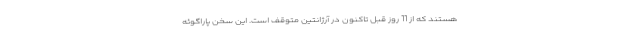
هستند که از 11 روز قبل تاکنون در آرژانتین متوقف است. این سخن پاراگوئه